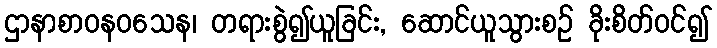
ဌာနာစာဝနဝသေန၊ တရားစွဲ၍ယူခြင်း, ဆောင်ယူသွားစဉ် ခိုးစိတ်ဝင်၍